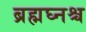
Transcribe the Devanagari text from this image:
ब्रह्मघ्नश्च